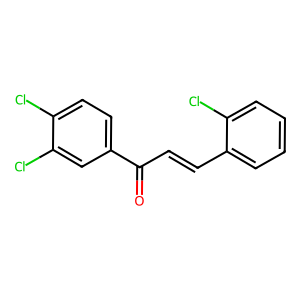
SMILES: O=C(C=Cc1ccccc1Cl)c1ccc(Cl)c(Cl)c1
Inhibits HIV replication: No